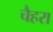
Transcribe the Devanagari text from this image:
चैहरा